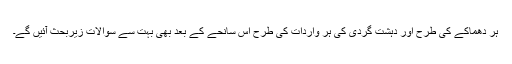
ہر دھماکے کی طرح اور دہشت گردی کی ہر واردات کی طرح اس سانحے کے بعد بھی بہت سے سوالات زیربحث آئیں گے۔